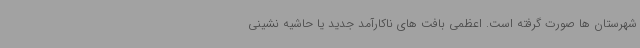
شهرستان ها صورت گرفته است. اعظمی بافت های ناکارآمد جدید یا حاشیه نشینی